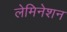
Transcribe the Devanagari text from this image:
लेमिनेशन